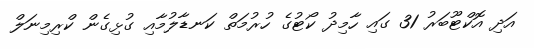
އަދި އޮކްޓޫބަރު 31 ގައި ހާމިދު ކޯޓުގެ ހުރުމަތް ކަނޑާލުމާއި ގުޅިގެން ކްރިމިނަލް